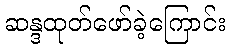
ဆန္ဒထုတ်ဖော်ခဲ့ကြောင်း